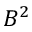
B ^ { 2 }